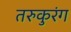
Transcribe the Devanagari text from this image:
तरुकुरंग